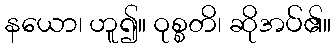
နယော၊ ဟူ၍။ ဝုစ္စတိ၊ ဆိုအပ်၏။